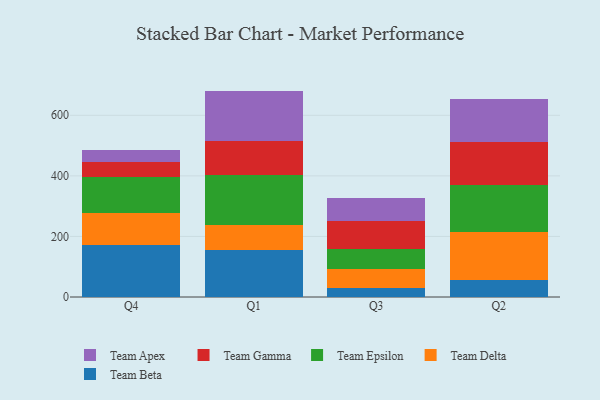
{"axis": {"x": "Quarter", "y": "Waste Production (Tons)"}, "legend": ["Team Apex", "Team Beta", "Team Delta", "Team Epsilon", "Team Gamma"], "data": [{"x": "Q4", "y": 170.9, "type": "Team Beta"}, {"x": "Q4", "y": 105.4, "type": "Team Delta"}, {"x": "Q4", "y": 119.9, "type": "Team Epsilon"}, {"x": "Q4", "y": 48.4, "type": "Team Gamma"}, {"x": "Q4", "y": 42.0, "type": "Team Apex"}, {"x": "Q1", "y": 156.3, "type": "Team Beta"}, {"x": "Q1", "y": 82.2, "type": "Team Delta"}, {"x": "Q1", "y": 165.3, "type": "Team Epsilon"}, {"x": "Q1", "y": 112.9, "type": "Team Gamma"}, {"x": "Q1", "y": 164.0, "type": "Team Apex"}, {"x": "Q3", "y": 30.8, "type": "Team Beta"}, {"x": "Q3", "y": 63.0, "type": "Team Delta"}, {"x": "Q3", "y": 63.7, "type": "Team Epsilon"}, {"x": "Q3", "y": 92.9, "type": "Team Gamma"}, {"x": "Q3", "y": 77.9, "type": "Team Apex"}, {"x": "Q2", "y": 55.6, "type": "Team Beta"}, {"x": "Q2", "y": 159.7, "type": "Team Delta"}, {"x": "Q2", "y": 153.2, "type": "Team Epsilon"}, {"x": "Q2", "y": 141.8, "type": "Team Gamma"}, {"x": "Q2", "y": 143.3, "type": "Team Apex"}]}